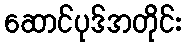
ဆောင်ပုဒ်အတိုင်း